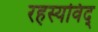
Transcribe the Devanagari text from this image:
रहस्यविद्